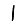
Digit: 1